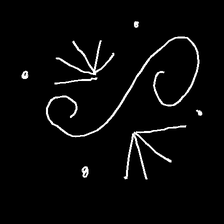
Glyph: aeroform